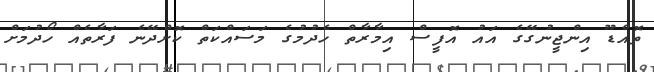
ތޮއްޑޫ އިންޖީނުގޭގެ އައު އޮފީސް އިމާރާތް ހެދުމުގެ މަސައްކަތް ކޮށްދޭނެ ފަރާތެއް ހޯދުމަށް